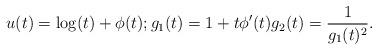
LaTeX: \begin{align*}u(t)=\log(t)+\phi(t); g_1(t)=1+t\phi'(t) g_2(t)=\frac{1}{g_1(t)^2}.\end{align*}